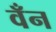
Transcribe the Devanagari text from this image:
वँन